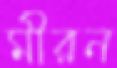
মীরন